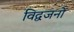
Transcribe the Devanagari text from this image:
विद्वजनों